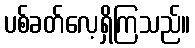
ပစ်ခတ်လေ့ရှိကြသည်။